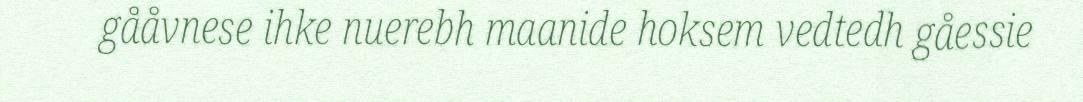
gååvnese ihke nuerebh maanide hoksem vedtedh gåessie